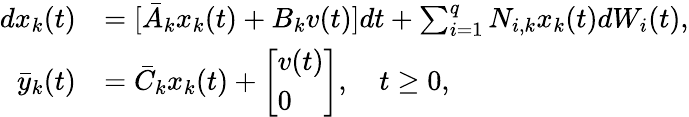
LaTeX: \begin{array}{rl}{dx_{k}(t)}&{=[\bar{A}_{k}x_{k}(t)+B_{k}v(t)]dt+\sum_{i=1}^{q}N_{i,k}x_{k}(t)dW_{i}(t),}\\ {\bar{y}_{k}(t)}&{=\bar{C}_{k}x_{k}(t)+\left[\begin{array}{l}{v(t)}\\ {0}\end{array}\right],\quad t\geq 0,}\end{array}